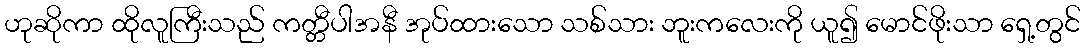
ဟုဆိုကာ ထိုလူကြီးသည် ကတ္တီပါအနီ အုပ်ထားသော သစ်သား ဘူးကလေးကို ယူ၍ မောင်ဖိုးသာ ရှေ့တွင်